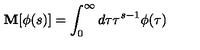
\mathbf { M } [ \phi ( s ) ] = \int _ { 0 } ^ { \infty } d \tau \tau ^ { s - 1 } \phi ( \tau )